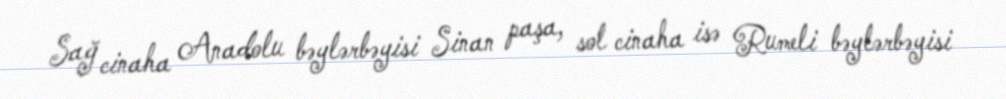
Sağ cinaha Anadolu bəylərbəyisi Sinan paşa, sol cinaha isə Rumeli bəylərbəyisi